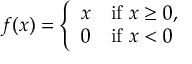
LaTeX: f ( x ) = { \left\{ \begin{array} { l l } { x } & { { \mathrm { i f ~ } } x \geq 0 , } \\ { 0 } & { { \mathrm { i f ~ } } x < 0 } \end{array} \right. }